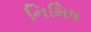
નિમિષ